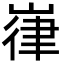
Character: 嵂